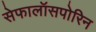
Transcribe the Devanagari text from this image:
सेफालॉसपोरिन